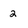
Character: 2